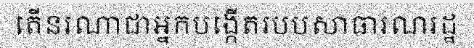
តើនរណាជាអ្នកបង្កើតរបបសាធារណរដ្ឋ